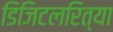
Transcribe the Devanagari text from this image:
डिजिटलरित्या